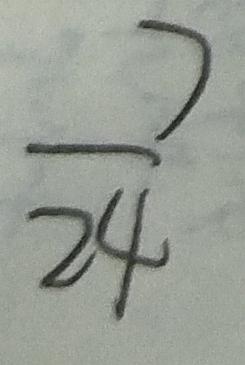
\frac { 7 } { 2 4 }